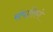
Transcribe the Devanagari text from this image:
संपात्तिगे